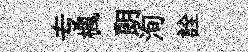
专楓朗洵詮